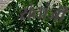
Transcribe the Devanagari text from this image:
संतांजी